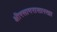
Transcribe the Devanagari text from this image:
क्षीरसागरासारखा